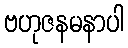
ဗဟုဇနမနာပါ